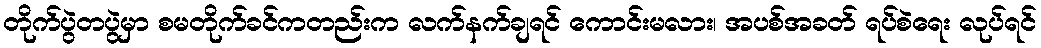
တိုက်ပွဲတပွဲမှာ စမတိုက်ခင်ကတည်းက လက်နက်ချရင် ကောင်းမလား၊ အပစ်အခတ် ရပ်စဲရေး လုပ်ရင်